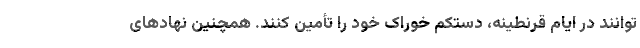
توانند در ایام قرنطینه، دستکم خوراک خود را تأمین کنند. همچنین نهادهای